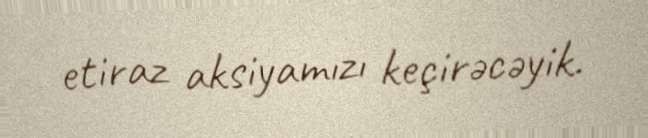
etiraz aksiyamızı keçirəcəyik.